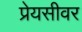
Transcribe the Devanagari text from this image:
प्रेयसीवर